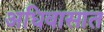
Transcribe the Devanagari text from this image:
अधिवासात